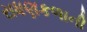
રાધણકળાની